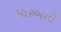
પારબતી